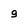
Character: g